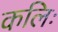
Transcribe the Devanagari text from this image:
कलिः